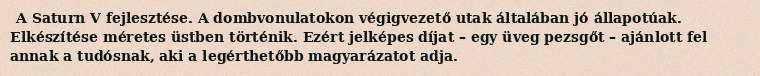
A Saturn V fejlesztése. A dombvonulatokon végigvezető utak általában jó állapotúak. Elkészítése méretes üstben történik. Ezért jelképes díjat – egy üveg pezsgőt – ajánlott fel annak a tudósnak, aki a legérthetőbb magyarázatot adja.